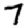
Digit: 7